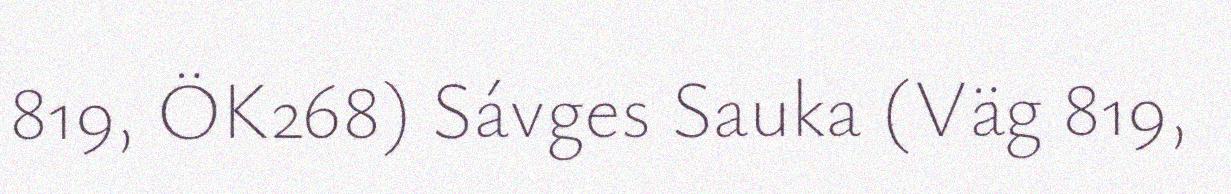
819, ÖK268) Sávges Sauka (Väg 819,